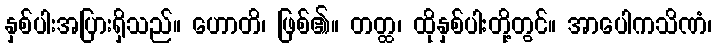
နှစ်ပါးအပြားရှိသည်။ ဟောတိ၊ ဖြစ်၏။ တတ္ထ၊ ထိုနှစ်ပါးတို့တွင်။ အာပေါကသိဏံ၊